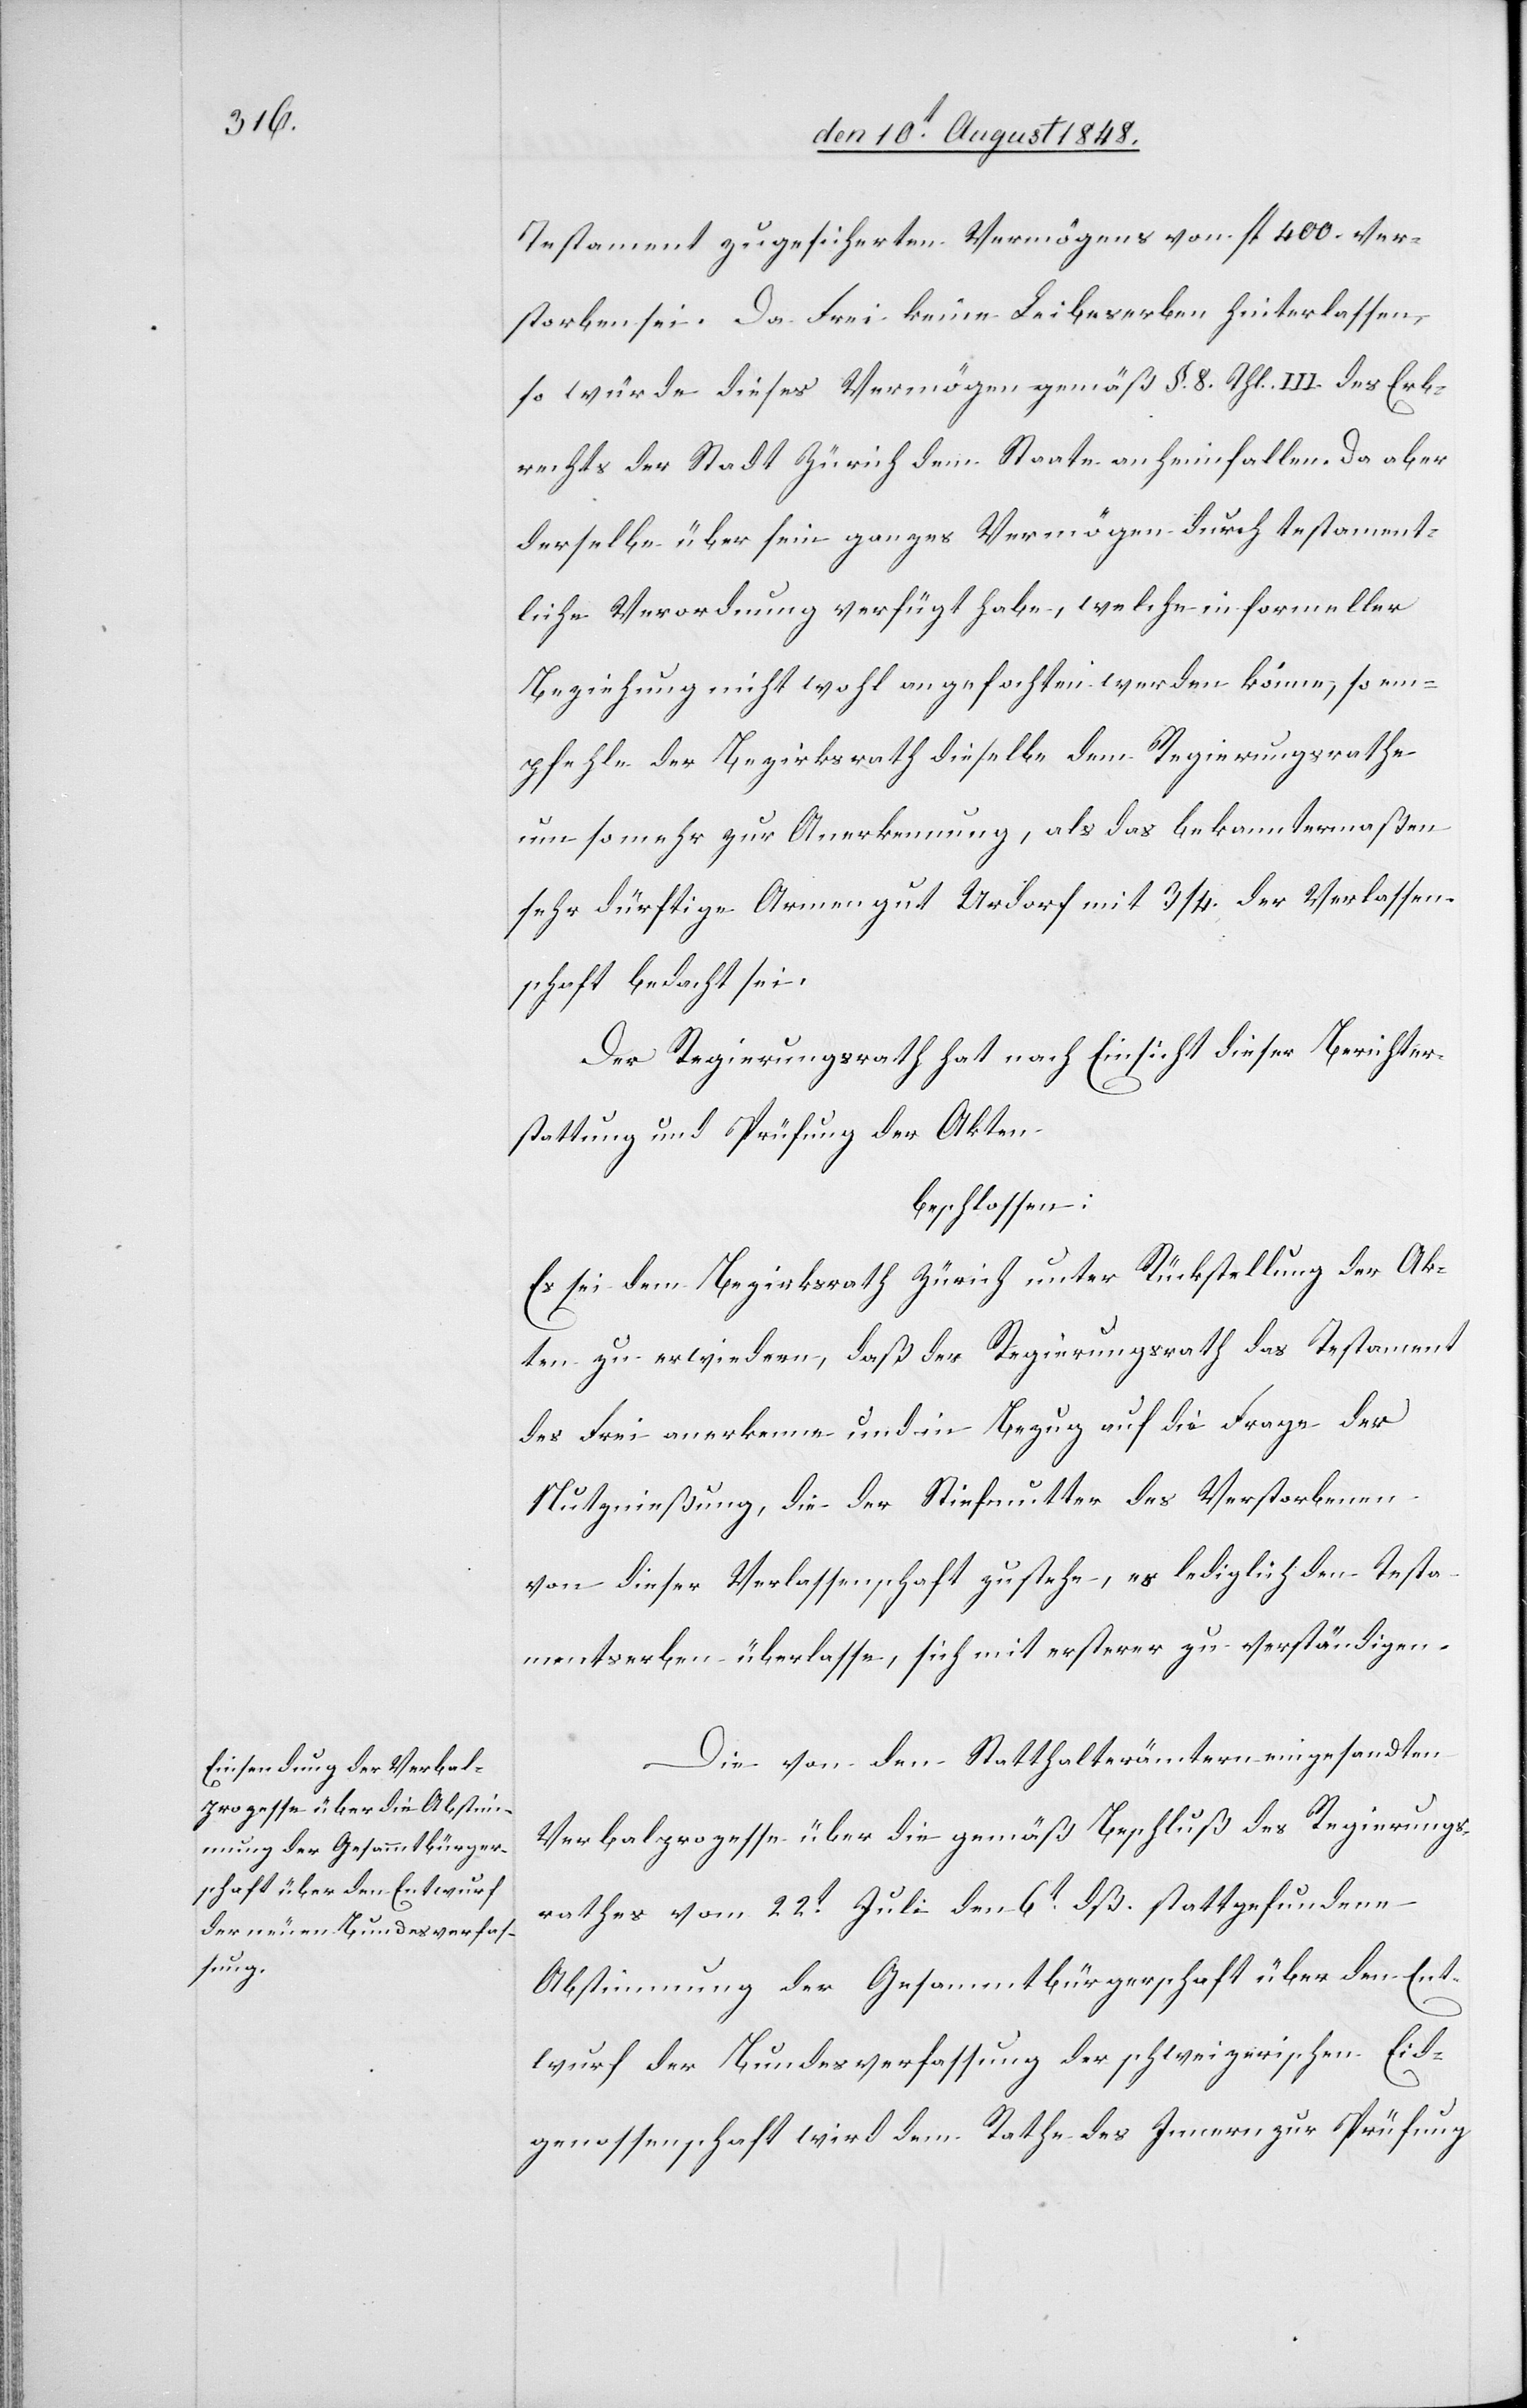
Testament zugesicherten Vermögens von fl. 400. ver¬
storben sei. Da Frei keine Leibeserben hinterlassen,
so würde dieses Vermögen gemäß §. 8. Thl. III. des Erb¬
rechtes der Stadt Zürich dem Staate einheimfallen. Da aber
derselbe über sein ganzes Vermögen durch testament¬
liche Verordnung verfügt habe, welche in formeller
Beziehung nicht wohl angefochten werden könne, so em¬
pfehle der Bezirksrath dieselbe dem Regierungsrathe
um so mehr zur Anerkennung, als das bekanntermaßen
sehr dürftige Armengut Urdorf mit 3/4. der Verlassen¬
schaft bedacht sei.
Der Regierungsrath hat nach Einsicht dieser Berichter¬
stattung und Prüfung der Akten
beschlossen:
Es sei dem Bezirksrath Zürich unter Rückstellung der Ak¬
ten zu erwiedern, daß der Regierungsrath das Testament
des Frei anerkenne und in Bezug auf die Frage der
Nutznießung, die der Stiefmutter des Verstobenen
von dieser Verlassenschaft zustehe, es lediglich den Testa¬
mentserben überlasse, sich mit ersterer zu verständigen.
Die von den Statthalterämtern eingesandten
Verbalprozesse über die gemäß Beschluß des Regierungs¬
rathes vom 22t Juli den 6t dß stattgefundene
Abstimmung der Gesammtbürgerschaft über den Ent¬
wurf der Bundesverfassung der schweizerischen Eid¬
genossenschaft wird dem Rathe des Innern zur Prüfung